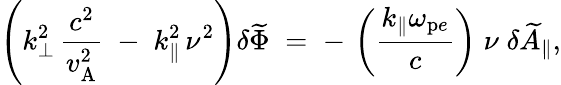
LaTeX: \left(k_{\bot}^{2}\, \frac{c^{2}}{v_{\mathrm{A}}^{2}}\; -\; k_{\| }^{2}\, \nu^{2}\right)\delta\widetilde{\Phi}\; =\; -\, \left(\frac{k_{\| }\omega_{\mathrm{p}e}}{c}\right)\; \nu\; \delta\widetilde{A}_{\| },